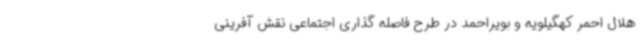
هلال احمر کهگیلویه و بویراحمد در طرح فاصله گذاری اجتماعی نقش آفرینی